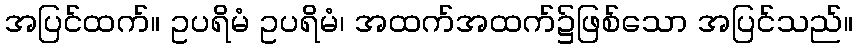
အပြင်ထက်။ ဥပရိမံ ဥပရိမံ၊ အထက်အထက်၌ဖြစ်သော အပြင်သည်။